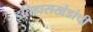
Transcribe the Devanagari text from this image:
इतिहासखंडांची